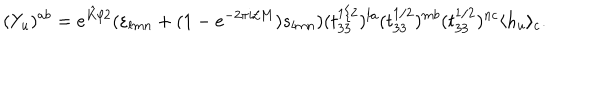
LaTeX: ( Y _ { u } ) ^ { a b } = e ^ { \hat { K } / 2 } ( \varepsilon _ { l m n } + ( 1 - e ^ { - 2 \pi i / M } ) s _ { l m n } ) ( t _ { 3 3 } ^ { 1 / 2 } ) ^ { l a } ( t _ { 3 3 } ^ { 1 / 2 } ) ^ { m b } ( t _ { 3 3 } ^ { 1 / 2 } ) ^ { n c } \langle h _ { u } \rangle _ { c } .